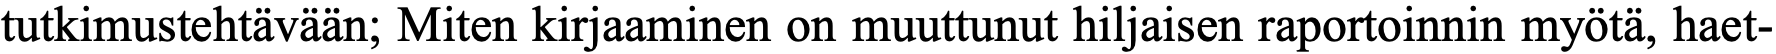
tutkimustehtävään; Miten kirjaaminen on muuttunut hiljaisen raportoinnin myötä, haet-